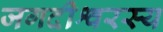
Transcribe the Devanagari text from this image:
जगदीश्वरस्य